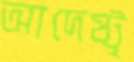
আদেষ্টৃ